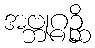
အဗ္ဘုဂ္ဂဉ္ဆိ